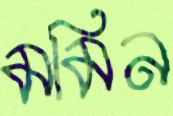
মমিন